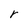
Character: r